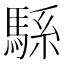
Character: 𱄠